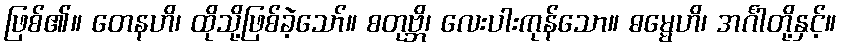
ဖြစ်၏။ တေနဟိ၊ ထိုသို့ဖြစ်ခဲ့သော်။ စတုဗ္ဘိ၊ လေးပါးကုန်သော။ ဓမ္မေဟိ၊ အင်္ဂါတို့နှင့်။